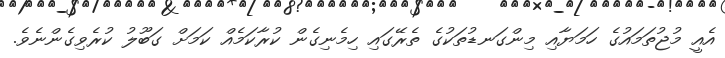
އެއީ މުޖުތަމައުގެ ހަމަޔާއި މިންގަނޑުތަކުގެ ތެރޭގައި ހިމެނިގެން ކުރާކަމެއް ކަމަށް ގަބޫލު ކުރެވިގެންނެވެ.